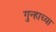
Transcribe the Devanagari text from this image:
गुन्हाच्या